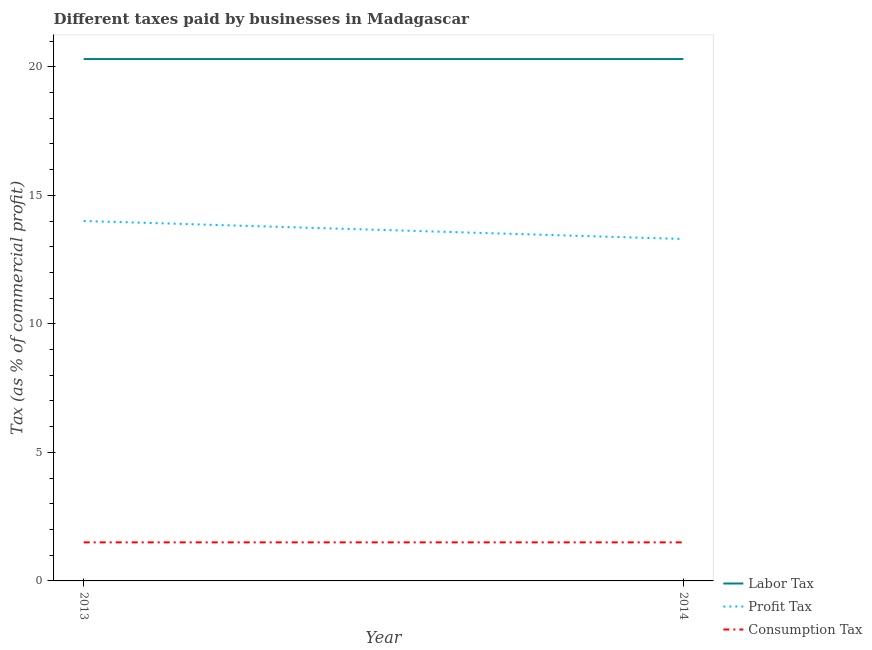
| Year | Labor Tax | Profit Tax | Consumption Tax |
 | --- | --- | --- | --- |
 | 2013 | 20.3 | 14 | 1.5 |
 | 2014 | 20.3 | 13.3 | 1.5 |